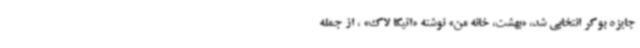
جایزه بوکر انتخابی شد، «بهشت، خانه من» نوشته «اتیکا لاک» ، از جمله